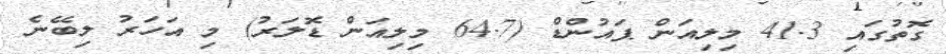
ގޮތުގައި 41.3 މިލިއަން ޕައުންޑް (64.7 މިލިއަން ޑޮލަރު) މި އަހަރު ލިބޭނެ